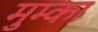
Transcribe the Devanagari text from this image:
मुम्का